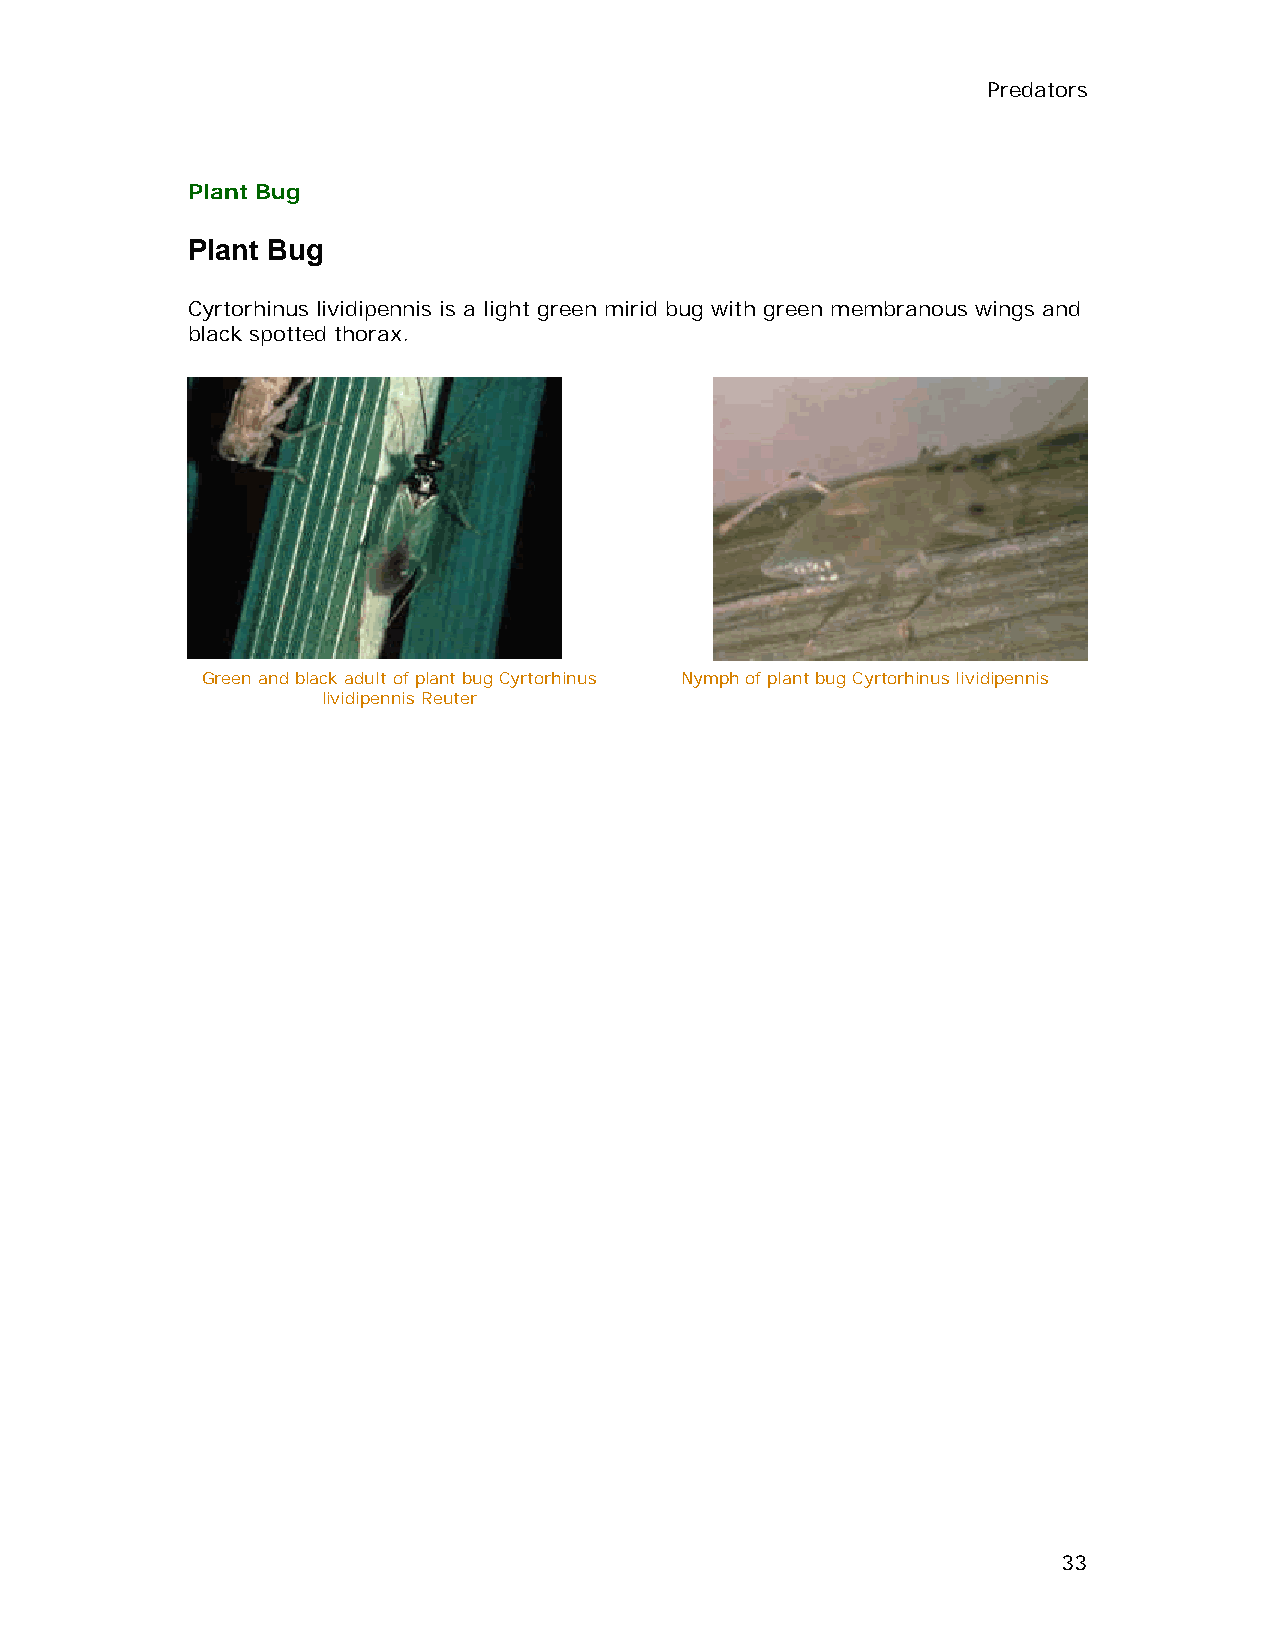
Predators
 Plant Bug
 Plant Bug
 Cyrtorhinus lividipennis is a light green mirid bug with green membranous wings and
 black spotted thorax.
 Green and black adult of plant bug Cyrtorhinus Nymph of plant bug Cyrtorhinus lividipennis
 lividipennis Reuter
 33